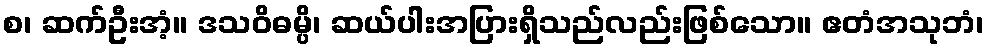
စ၊ ဆက်ဦးအံ့။ ဒသဝိဓမ္ပိ၊ ဆယ်ပါးအပြားရှိသည်လည်းဖြစ်သော။ ဧတံအသုဘံ၊